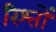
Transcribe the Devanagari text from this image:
रिश्‍तों